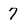
Character: 7